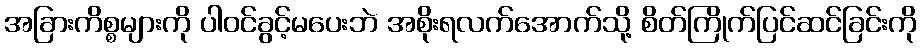
အခြားကိစ္စများကို ပါဝင်ခွင့်မပေးဘဲ အစိုးရလက်အောက်သို့ စိတ်ကြိုက်ပြင်ဆင်ခြင်းကို